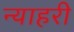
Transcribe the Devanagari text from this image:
न्याहरी